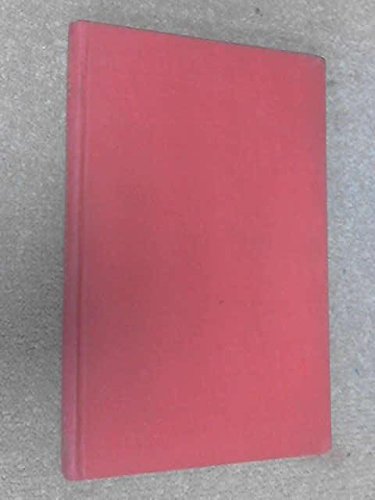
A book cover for Rodin; Rainer Maria Rilke; Arts & Photography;